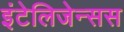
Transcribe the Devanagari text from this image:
इंटेलिजेन्सस